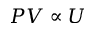
P V \propto U